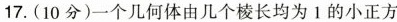
17.(10分)一个几何体由几个棱长均为1的小正方